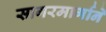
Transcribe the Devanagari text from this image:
सागरमार्गाने